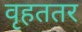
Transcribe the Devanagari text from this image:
वृहततर